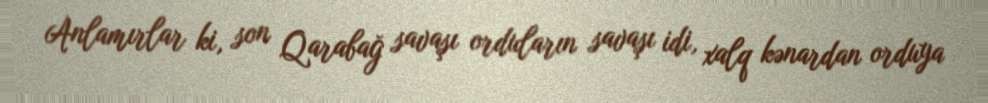
Anlamırlar ki, son Qarabağ savaşı orduların savaşı idi, xalq kənardan orduya